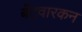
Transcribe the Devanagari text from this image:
बँटवारकन